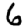
Digit: 6